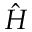
\hat { H }